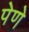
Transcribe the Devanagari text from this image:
पेणे